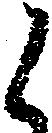
之